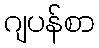
ဂျပန်စာ